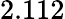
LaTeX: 2.112